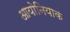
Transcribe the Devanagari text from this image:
आयोनियाक